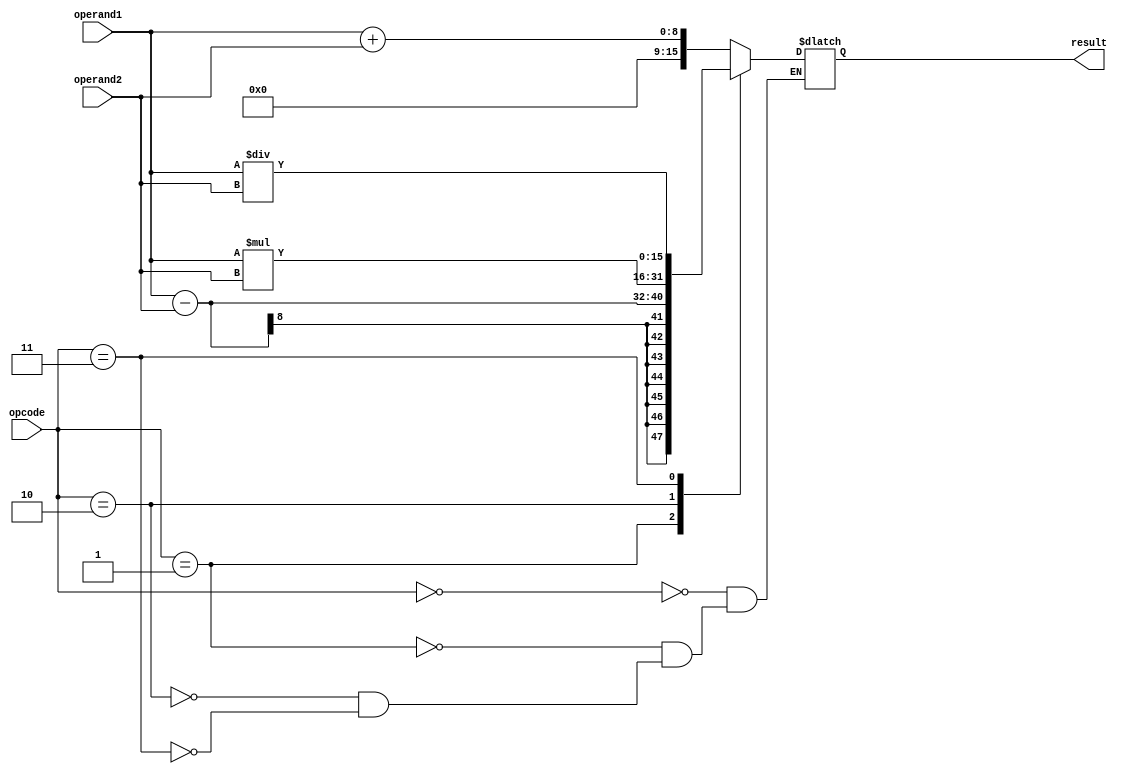
module ComplexALU (
    input wire [3:0] opcode,
    input wire [7:0] operand1,
    input wire [7:0] operand2,
    output reg [15:0] result
);

// define arithmetic blocks
reg [15:0] adder_result;
reg [15:0] subtractor_result;
reg [15:0] multiplier_result;
reg [15:0] divider_result;

always @(*) begin
    case(opcode)
        4'b0000:  // addition operation
            begin
                adder_result = operand1 + operand2;
                result = adder_result;
            end
        4'b0001:  // subtraction operation
            begin
                subtractor_result = operand1 - operand2;
                result = subtractor_result;
            end
        4'b0010:  // multiplication operation
            begin
                multiplier_result = operand1 * operand2;
                result = multiplier_result;
            end
        4'b0011:  // division operation
            begin
                divider_result = operand1 / operand2;
                result = divider_result;
            end
    endcase
end

endmodule